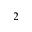
2